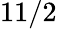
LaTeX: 11/2